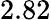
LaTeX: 2.82